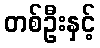
တစ်ဦးနှင့်